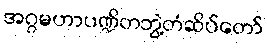
အဂ္ဂမဟာပဏ္ဍိတဘွဲ့တံဆိပ်တော်